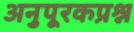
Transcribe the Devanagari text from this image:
अनुपूरकप्रश्न